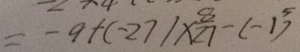
= - 9 + ( - 2 7 ) \times \frac { 8 } { 2 7 } - ( - 1 ) ^ { 5 }